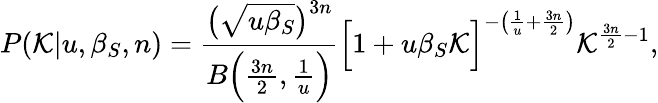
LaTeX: P(\mathcal{K}|u,\beta_{S},n)=\frac{\big(\sqrt{u\beta_{S}}\big)^{3n}}{B\Big(\frac{3n}{2},\frac{1}{u}\Big)}\Big[1+u\beta_{S}\mathcal{K}\Big]^{-\big(\frac{1}{u}+\frac{3n}{2}\big)}\mathcal{K}^{\frac{3n}{2}-1},